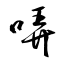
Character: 哢